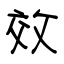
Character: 效